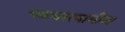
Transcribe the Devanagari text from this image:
चक्रधरस्वामींना